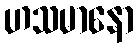
ဟသမာနော